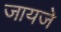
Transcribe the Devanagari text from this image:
जायजे